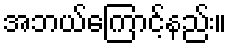
အဘယ်ကြောင့်နည်း။